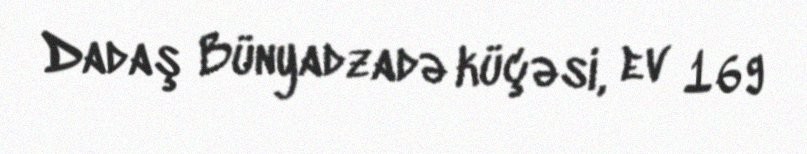
Dadaş Bünyadzadə küçəsi, ev 169